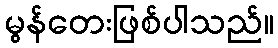
မွန်တေးဖြစ်ပါသည်။